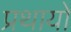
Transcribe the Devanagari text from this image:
प्रथायो